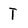
Character: T